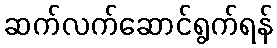
ဆက်လက်ဆောင်ရွက်ရန်